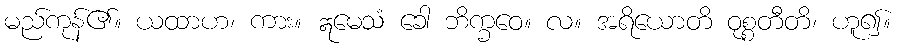
မည်ကုန်၏။ ယထာဟ၊ ကား။ ဣမေသံ ခေါ ဘိက္ခဝေ။ လ။ အရိယောတိ ဝုစ္စတီတိ၊ ဟူ၍။